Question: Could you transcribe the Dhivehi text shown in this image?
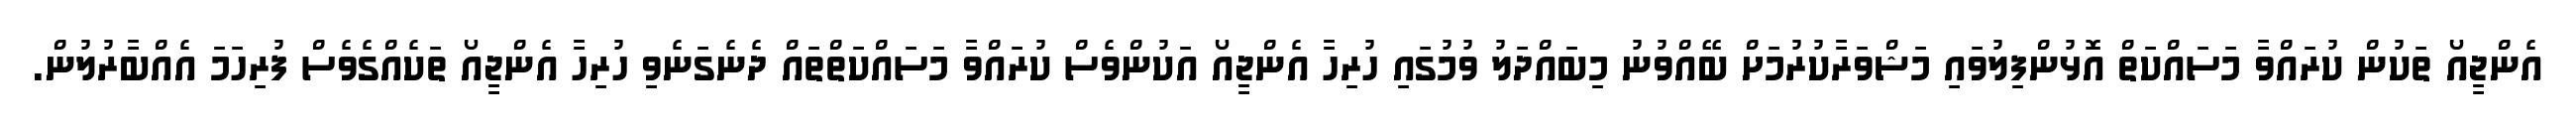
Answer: އެންޖީއޯ ތަކުން ކުރައްވާ މަސައްކަތް އޮޅުންފިލުވައި މަޝްވަރާކުރުމަށް ބޭއްވުނު މިބައްދަލު ވުމުގައި ހުރިހާ އެންޖީއޯ އަކުންވެސް ކުރައްވާ މަސައްކަތްތައް ދެނެގަނެވި ހުރިހާ އެންޖީއޯ ތަކެއްގެވެސް ފުރިހަމަ އެއްބާރުލުން.